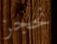
نحجز